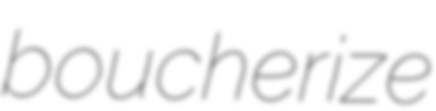
boucherize